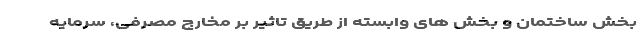
بخش ساختمان و بخش های وابسته از طریق تاثیر بر مخارج مصرفی، سرمایه